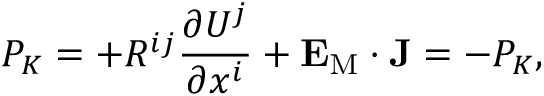
P _ { \cal { K } } = + { \cal { R } } ^ { i j } \frac { \partial U ^ { j } } { \partial x ^ { i } } + { \bf { E } } _ { \mathrm { { M } } } \cdot { \bf { J } } = - P _ { K } ,